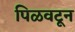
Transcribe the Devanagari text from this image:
पिळवटून